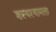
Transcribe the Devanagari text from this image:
शस्यश्यामला